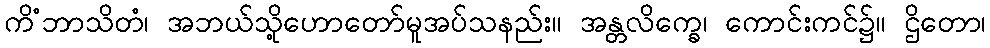
ကိံဘာသိတံ၊ အဘယ်သို့ဟောတော်မူအပ်သနည်း။ အန္တလိက္ခေ၊ ကောင်းကင်၌။ ဌိတော၊